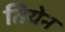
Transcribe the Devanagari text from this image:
तियेन